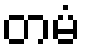
တမံ